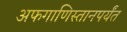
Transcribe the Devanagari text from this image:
अफगाणिस्तानपर्यंत